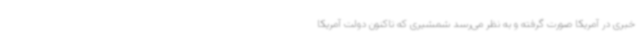
خبری در آمریکا صورت گرفته و به نظر می‌رسد شمشیری که تاکنون دولت آمریکا